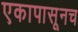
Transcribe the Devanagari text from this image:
एकापासूनच